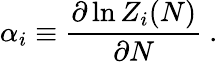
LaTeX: \alpha_{i}\equiv{\frac{\partial\ln Z_{i}(N)}{\partial N}}\ .